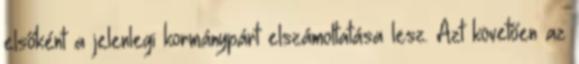
elsőként a jelenlegi kormánypárt elszámoltatása lesz. Azt követően az